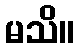
မသိ။